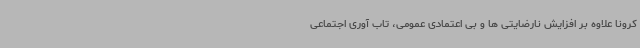
کرونا علاوه بر افزایش نارضایتی ها و بی اعتمادی عمومی، تاب آوری اجتماعی